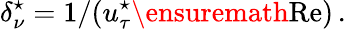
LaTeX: \delta_{\nu}^{\star}=1/(u_{\tau}^{\star}\ensuremath{\mathrm{Re}}{})\, .